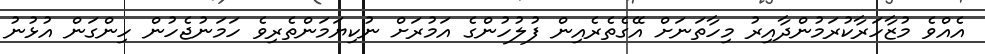
އެއްވެ މުޒާހަރާކުރަމުންދާއިރު މިހާތަނަށް އޭގެތެރެއިން ފުލުހުންގެ އަމުރަށް ނުކިޔަމަންތެރިވެ ހަމަނުޖެހުން ހިންގަން އުޅުނު